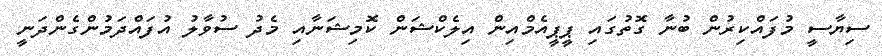
ސިޔާސީ މުފައްކިރުން ބުނާ ގޮތުގައި ޕީޕީއެމްއިން އިލެކްޝަން ކޮމިޝަނާއި މެދު ސުވާލު އުފައްދަމުންގެންދަނީ